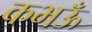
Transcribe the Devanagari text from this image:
कभऊँ